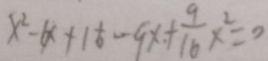
x ^ { 2 } - 6 x + 1 6 - 9 x + \frac { 9 } { 1 6 } x ^ { 2 } = 0